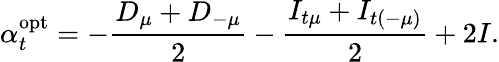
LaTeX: \alpha_{t}^{\textrm{opt}}=-\frac{D_{\mu}+D_{-\mu}}{2}-\frac{I_{t\mu}+I_{t(-\mu)}}{2}+2I.